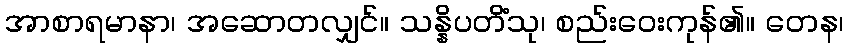
အာစာရမာနာ၊ အဆောတလျှင်။ သန္နိပတိံသု၊ စည်းဝေးကုန်၏။ တေန၊